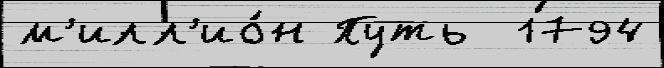
м'илл'ио́н Путь  1794